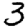
Digit: 3